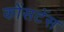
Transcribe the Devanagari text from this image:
कोंसटेंस